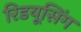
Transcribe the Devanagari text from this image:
रिडयूसिंग